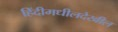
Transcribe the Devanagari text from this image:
हिंदीमधीलदेखील